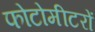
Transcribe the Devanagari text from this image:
फोटोमीटरों